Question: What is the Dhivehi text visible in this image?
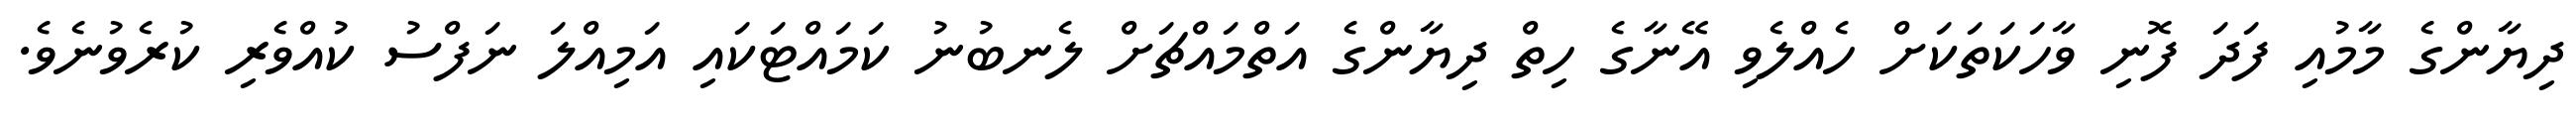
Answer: ދިޔާންގެ މާމުއި ފަދަ ފޮނި ވާހަކަތަކަށް ހެއްލެވި އޭނާގެ ހިތް ދިޔާންގެ އަތްމައްޗަށް ލެނބުނު ކަމައްޓަކައި އަމިއްލަ ނަފްސު ކުއްވެރި ކުރެވުނެވެ.